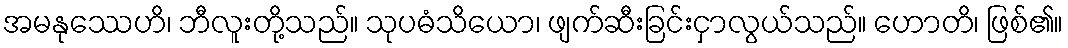
အမနုဿေဟိ၊ ဘီလူးတို့သည်။ သုပဓံသိယော၊ ဖျက်ဆီးခြင်းငှာလွယ်သည်။ ဟောတိ၊ ဖြစ်၏။